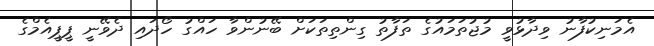
އެމަނިކުފާނު ވިދާޅުވީ މުޖުތަމައުގެ ތަފާތު ގިންތިތަކަށް ބޭނުންވާ ހައްގު ހޯދައި ދެވޭނީ ޕީޕީއެމްގެ